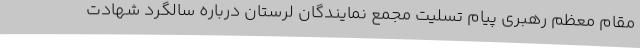
مقام معظم رهبری پیام تسلیت مجمع نمایندگان لرستان درباره سالگرد شهادت